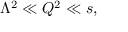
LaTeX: \Lambda ^ { 2 } \ll Q ^ { 2 } \ll s ,